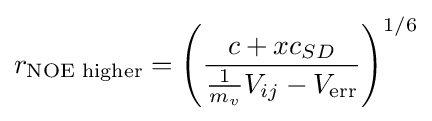
r_{\text{NOE higher}}=\left({\frac {c+xc_{SD}}{{\frac {1}{m_{v}}}V_{ij}-V_{\rm {err}}}}\right)^{1/6}